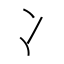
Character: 冫